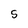
Character: S